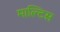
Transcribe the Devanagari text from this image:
माल्टिस